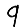
Digit: 9